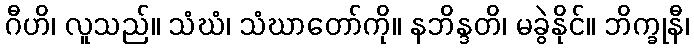
ဂီဟိ၊ လူသည်။ သံဃံ၊ သံဃာတော်ကို။ နဘိန္ဒတိ၊ မခွဲနိုင်။ ဘိက္ခုနီ၊